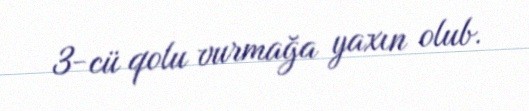
3-cü qolu vurmağa yaxın olub.